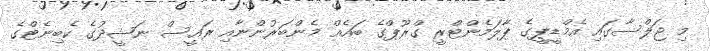
މި ޖަލްސާގައި އެމްޑީޕީގެ ޕާލަމެންޓްރީ ގްރޫޕްގެ ބައެއް މެންބަރުންނާއި ރައީސް ނަޝީދުގެ ކެބިނެޓްގެ